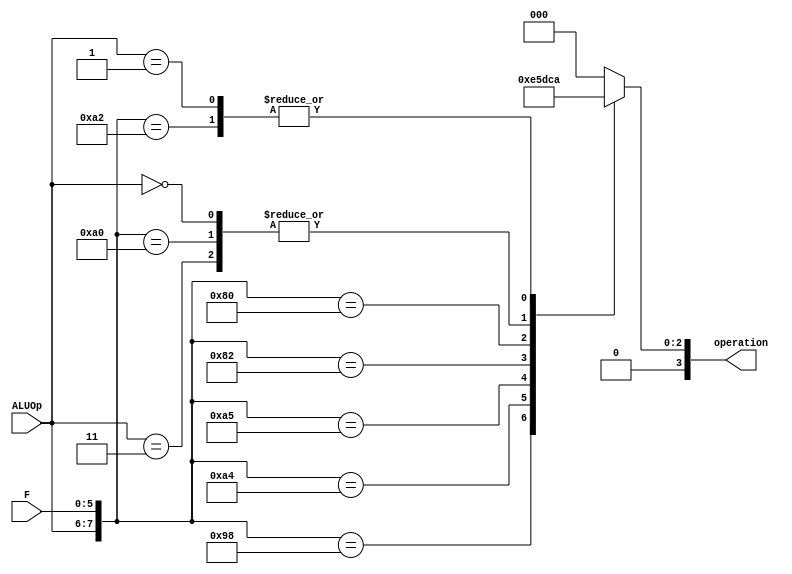
module ALU_control(operation,F,ALUOp);
output [3:0] operation;
reg [3:0] operation;
input [1:0] ALUOp;
input [5:0] F;
wire [7:0] ALUControl;
assign ALUControl = {ALUOp,F};
always @(ALUControl)
casex(ALUControl)
 8'b11xxxxxx: operation=4'b0001; //ALU_ADDI
 8'b10100000: operation=4'b0001; //ALU_ADD 
 8'b10100010: operation=4'b0010; //ALU_SUBTRACT 
 8'b10011000: operation=4'b0011; //ALU_MULTIPLY 
 8'b10100100: operation=4'b0100; //ALU_AND 
 8'b10100101: operation=4'b0101; //ALU_OR 
 8'b10000010: operation=4'b0110; //ALU_LOGICAL_SHIFT_RIGHT
 8'b10000000: operation=4'b0111; //ALU_LOGICAL_SHIFT_LEFT 
//  8'b10101010: ALUControl=4'b1001; //ALU_ARITH_SHIFT_RIGHT 
//  8'b10101010: ALUControl=4'b1010; //ALU_ARITH_SHIFT_LEFT 
//  8'b10101010: ALUControl=4'b1011; //ALU_TWOS_COMPLEMENT
//  8'b10101010: ALUControl=4'b1000; //ALU_COMPLEMENT
 8'b10101010: operation=4'b0000; //NOP
 8'b00xxxxxx: operation=4'b0001; //JUMP
 8'b01xxxxxx: operation=4'b0010; // branch

 default: operation=4'b0000;
 endcase
endmodule